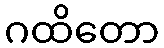
ဂထိတော